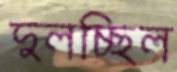
দুলচ্ছিল